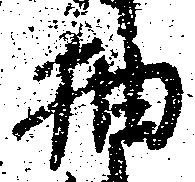
抽